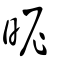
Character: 昵